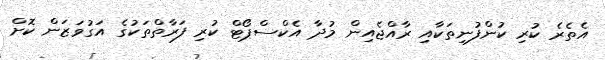
އެތެރެ ކުރި ކުންފުނިތަކާއި ރާއްޖެއިން މުދާ އެކްސްޕޯޓް ކުރި ފަރާތްތަކުގެ އަގުވަޒަން ކޮށް